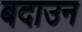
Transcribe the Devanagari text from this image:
बदाउन